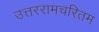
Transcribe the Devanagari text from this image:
उत्तररामचरितम